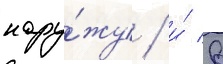
нару́жу / и́ в